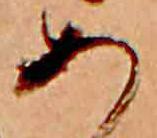
あ